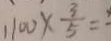
1 1 0 0 \times \frac { 3 } { 5 } =